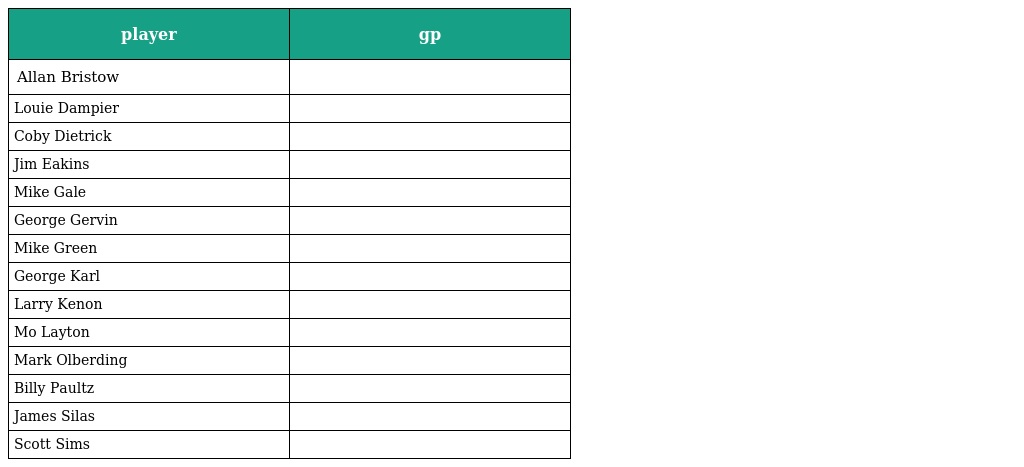
| player | gp |
 | --- | --- |
 | Allan Bristow |  |
 | Louie Dampier |  |
 | Coby Dietrick |  |
 | Jim Eakins |  |
 | Mike Gale |  |
 | George Gervin |  |
 | Mike Green |  |
 | George Karl |  |
 | Larry Kenon |  |
 | Mo Layton |  |
 | Mark Olberding |  |
 | Billy Paultz |  |
 | James Silas |  |
 | Scott Sims |  |